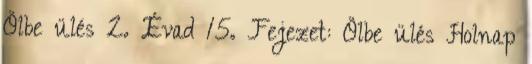
Ölbe ülés 2. Évad 15. Fejezet: Ölbe ülés Holnap